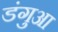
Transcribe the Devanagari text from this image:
डंगुआ